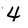
Character: 4